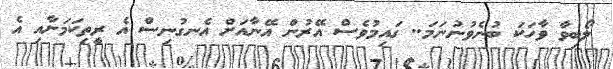
ލޯބިވާ ވާހަކަ ބުނެވުނުނަމަ.. ގައިމުވެސް އޭރުން އޭނާއަށް އެނގުނިސް އެ ރީތިކަމަށާއި އެ